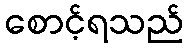
စောင့်ရသည်